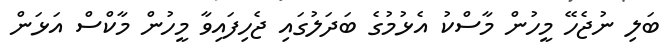
ބަލި ނުޖެހޭ މީހުން މާސްކު އެޅުމުގެ ބަދަލުގައި ޖެހިފައިވާ މީހުން މާކްސް އަޅަން